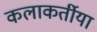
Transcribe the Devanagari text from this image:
कलाकर्तीया